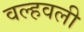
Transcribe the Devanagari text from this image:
वल्हवली